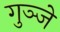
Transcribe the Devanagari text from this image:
गुञ्जे